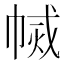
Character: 𢄅